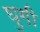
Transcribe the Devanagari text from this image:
घुगी